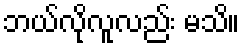
ဘယ်လိုလူလည်း မသိ။